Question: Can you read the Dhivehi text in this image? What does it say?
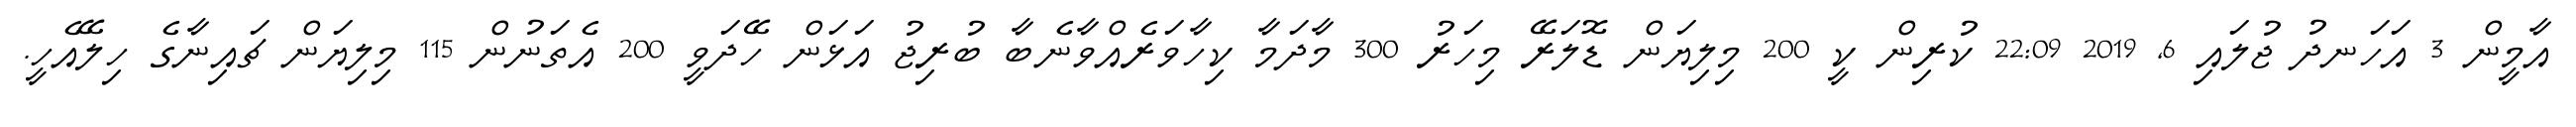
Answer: އާމީން 3 އަހަނދު ޖުލައި 6, 2019 22:09 ކުރިން ކީ 200 މިލިޔަން ޑޮލަރޭ މިހަރު 300 މާދަމާ ކިހާވަރެއްވާނެބާ ބުރިޖު އަޅަން ހޭދަވީ 200 އެތަނުން 115 މިލިޔަން ޗައިނާގެ ހިލޭއެހީ.